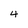
Character: 4